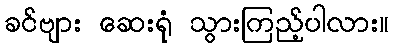
ခင်ဗျား ဆေးရုံ သွားကြည့်ပါလား။